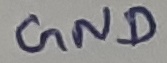
Text: GND